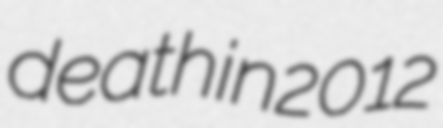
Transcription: death in 2012